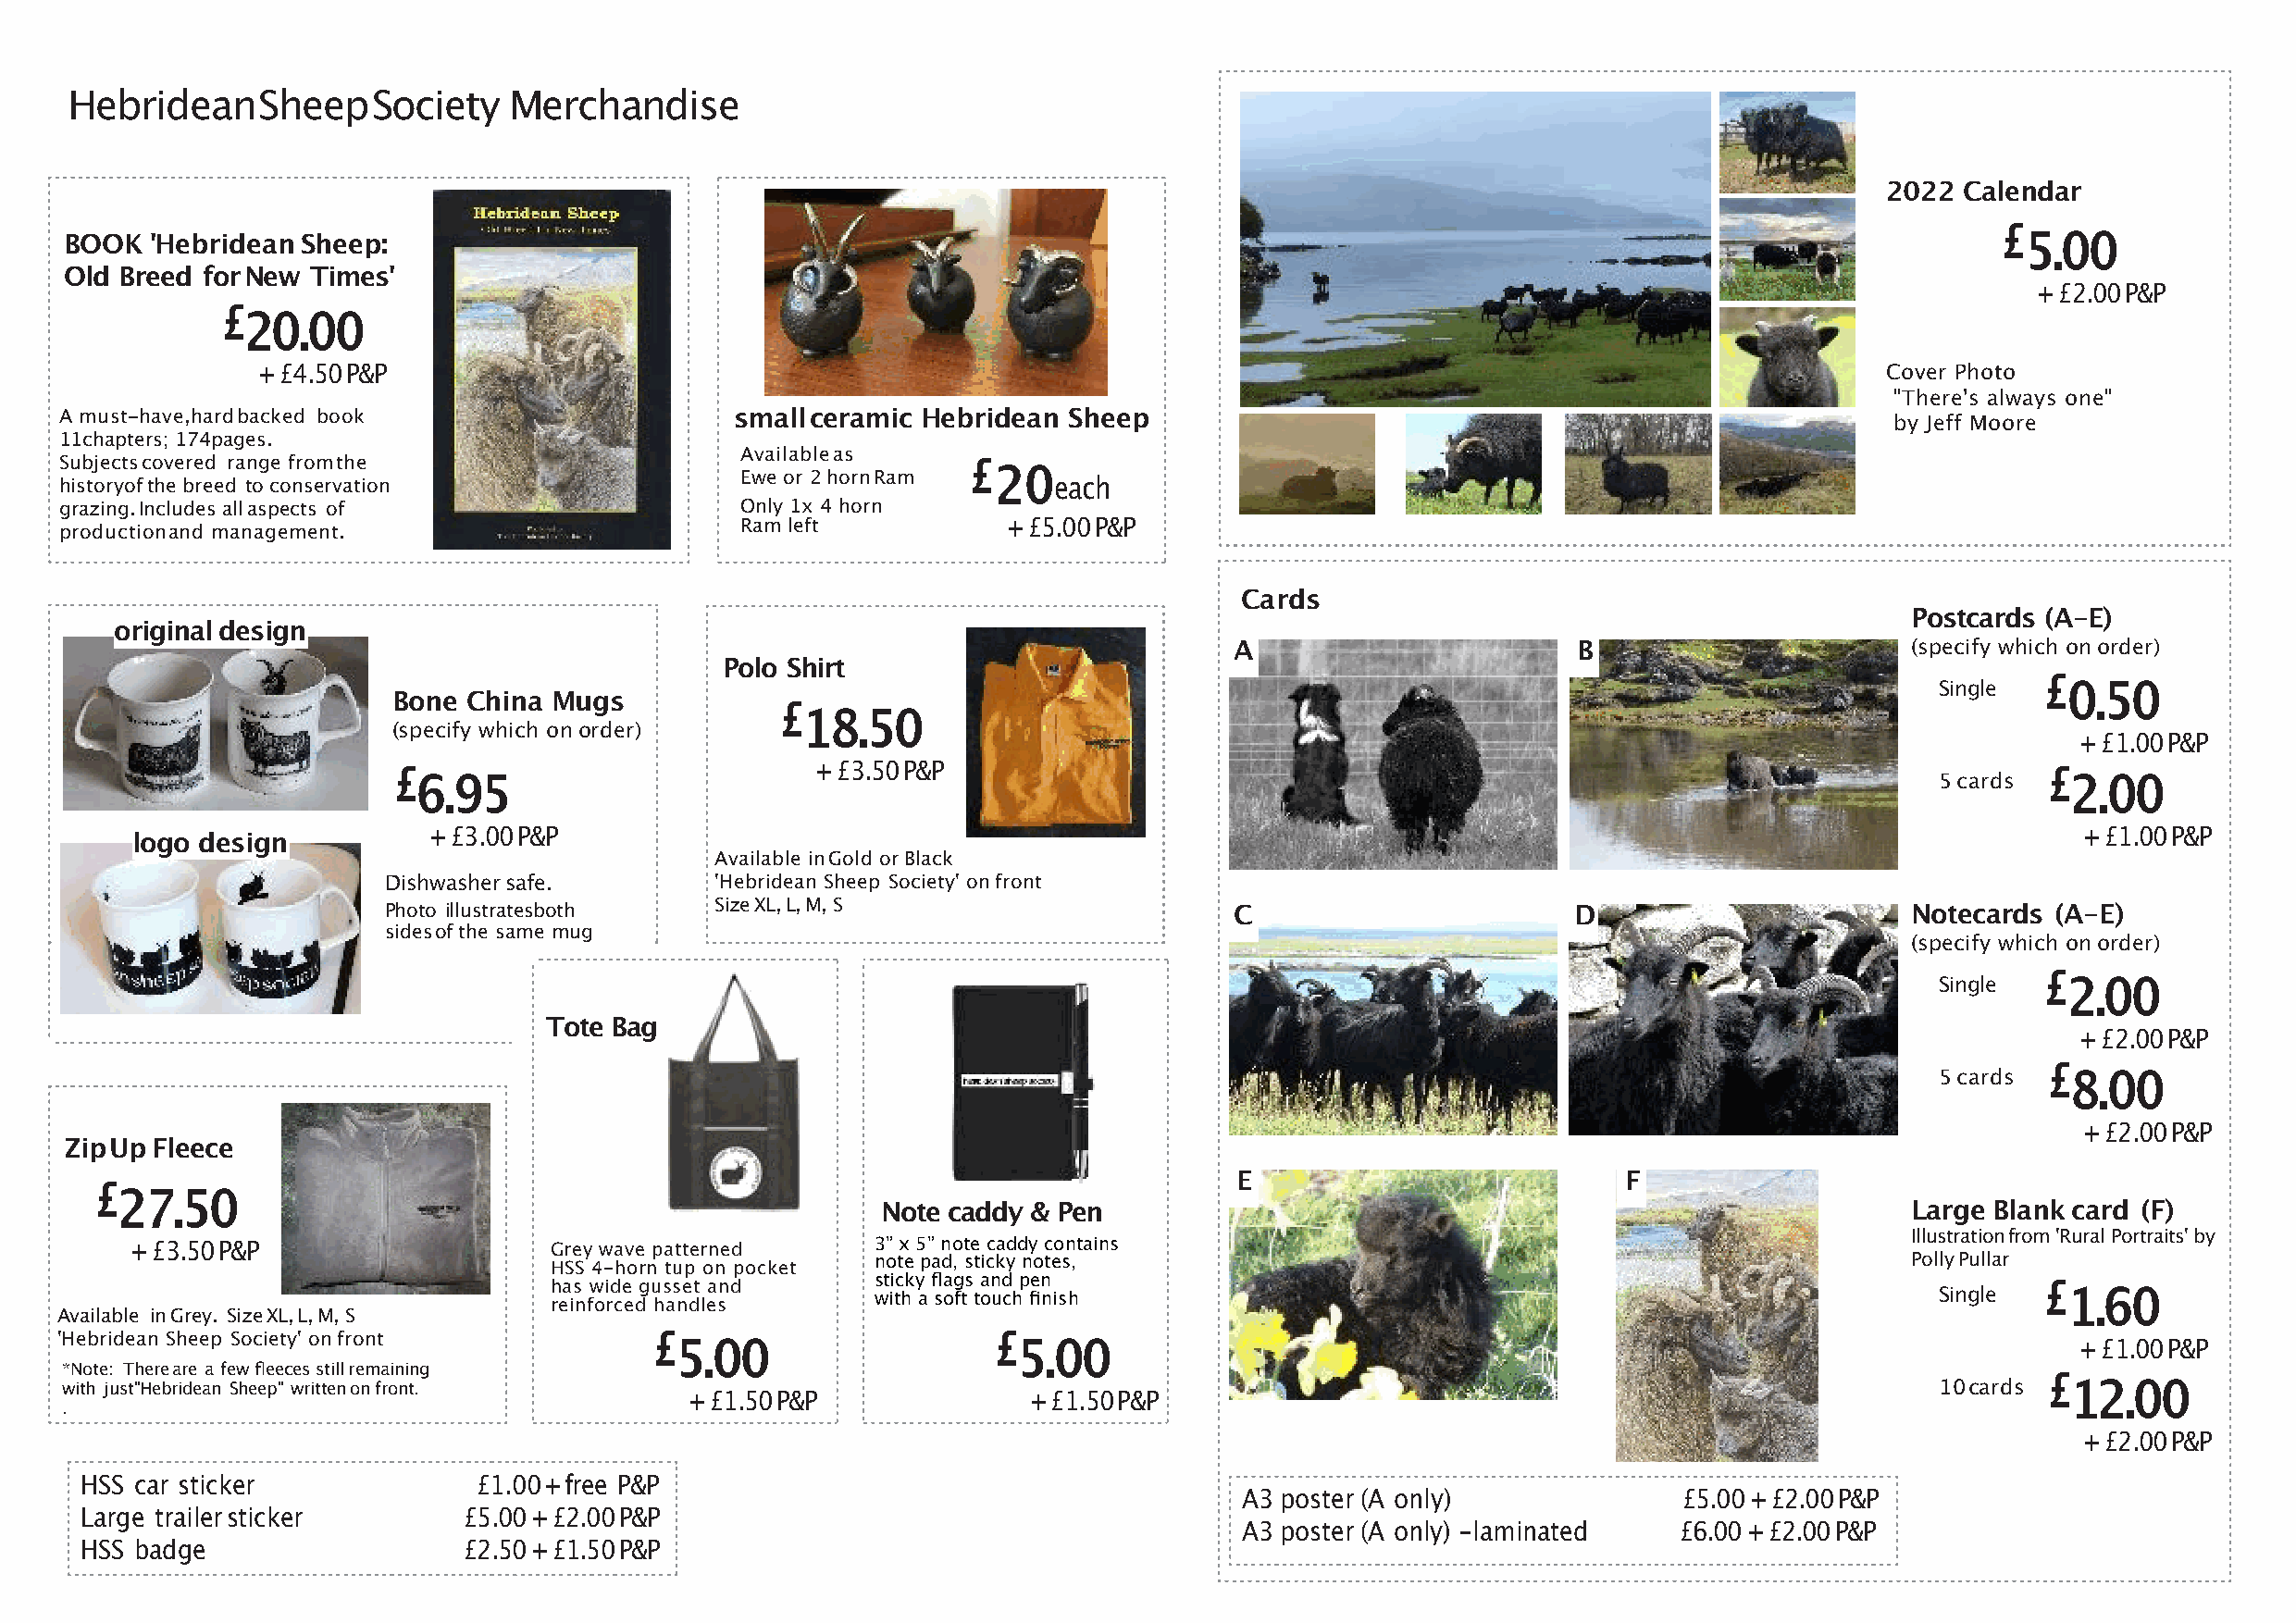
HebrideanSheepSociety          Merchandise
 2022 Calendar
 £
 BOOK  'HebrideanSheep:                                                                                                                      5.00
 Old Breed forNew Times'
 +£2.00P&P
 £
 20.00
 +£4.50P&P                                                                                                            Cover Photo
 "There's always one"
 A must-have,hardbacked book                     smallceramic  Hebridean Sheep
 by Jeff Moore
 11chapters; 174pages.
 Availableas
 Subjectscovered range fromthe                                    £
 20
 historyofthe breed to conservation               Ewe or 2hornRam       each
 grazing.Includes allaspects of                   Only 1x 4 horn
 Ram left           +£5.00P&P
 productionand management.
 Cards
 Postcards (A-E)
 originaldesign
 A                        B                       (specify which onorder)
 Polo Shirt
 £
 Single   0.50
 Bone China Mugs
 £
 18.50
 (specify which onorder)
 +£1.00P&P
 £                             +£3.50P&P                                                                               £
 6.95                                                                                                         5cards   2.00
 +£3.00P&P                                                                                                             +£1.00P&P
 logo design
 Available inGold orBlack
 Dishwashersafe.        'Hebridean Sheep Society' onfront
 Photo illustratesboth  SizeXL,L,M, S                        C                        D                       Notecards (A-E)
 sidesofthe same mug
 (specify which onorder)
 £
 Single   2.00
 Tote Bag
 +£2.00P&P
 £
 5cards   8.00
 +£2.00P&P
 ZipUpFleece
 E                           F
 £
 27.50
 Note caddy & Pen                                                          Large Blankcard (F)
 Illustrationfrom'RuralPortraits'by
 +£3.50P&P                     Grey wave patterned     3” x 5” note caddy contains
 note pad, sticky notes,                                                   PollyPullar
 HSS 4-horn tup on pocket
 has wide gusset and     s wt ii tc hky afl soag fts ta on ud chp fien nish                          Single £ 1.60
 reinforced handles
 Available inGrey. SizeXL,L,M, S
 'Hebridean Sheep Society' onfront          £ 5.00                  £ 5.00                                                                        +£1.00P&P
 *Note: Thereare a fewfleecesstillremaining
 £
 with just"Hebridean Sheep" writtenonfront.                                                                                             10cards  12.00
 +£1.50P&P                +£1.50P&P
 .
 +£2.00P&P
 HSS car sticker             £1.00+free P&P
 A3 poster(A only)              £5.00+£2.00P&P
 Large trailersticker       £5.00+£2.00P&P
 A3 poster(A only) -laminated   £6.00+£2.00P&P
 HSS badge                  £2.50+£1.50P&P